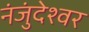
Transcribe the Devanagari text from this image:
नंजुंदेश्वर